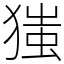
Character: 㺈